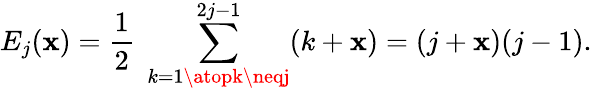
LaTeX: E_{j}(\mathbf{x})=\frac{{1}}{{2}}\; \sum_{{k=1\atopk\neqj}}^{2j-1}(k+\mathbf{x})=(j+\mathbf{x})(j-1).